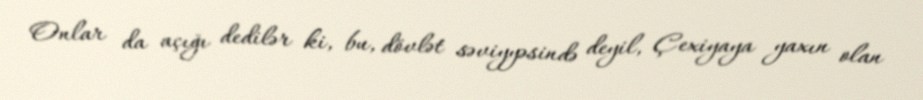
Onlar da açığı dedilər ki, bu, dövlət səviyyəsində deyil, Çexiyaya yaxın olan